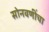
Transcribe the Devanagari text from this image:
सोनवणींचा